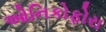
ઓનિકોફોરા